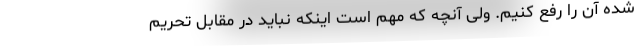
شده آن را رفع کنیم. ولی آنچه که مهم است اینکه نباید در مقابل تحریم